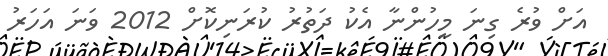
އަށް ވުރެ ގިނަ މީހުންނާ އެކު ދަތުރު ކުރަނިކޮށް 2012 ވަނަ އަހަަރު